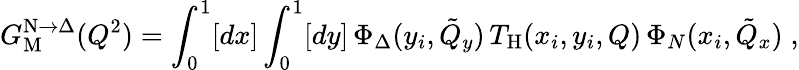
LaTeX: G_{\mathrm{M}}^{\mathrm{N}\to\Delta}(Q^{2})=\int_{0}^{1}[dx]\int_{0}^{1}[dy]\, \Phi_{\Delta}(y_{i},\tilde{Q}_{y})\, T_{\mathrm{H}}(x_{i},y_{i},Q)\, \Phi_{N}(x_{i},\tilde{Q}_{x})\; ,